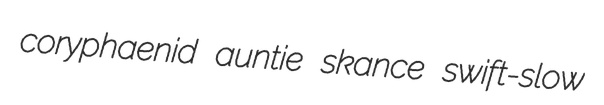
coryphaenid auntie skance swift-slow